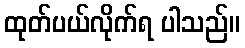
ထုတ်ပယ်လိုက်ရ ပါသည်။